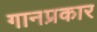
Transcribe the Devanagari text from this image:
गानप्रकार